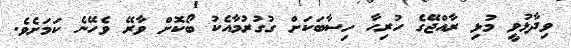
ވިދާޅުވީ މުޅި ރާއްޖޭގެ ހުރިހާ ހިސާބަކަށް ގުގުރުމާއެކު ބޯކޮށް ވާރޭ ވެހޭނެ ކަމަށެވެ.